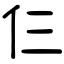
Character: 仨